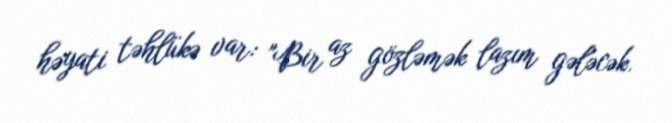
həyati təhlükə var: "Bir az gözləmək lazım gələcək.